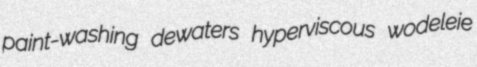
paint-washing dewaters hyperviscous wodeleie